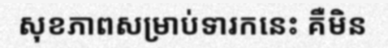
សុខភាពសម្រាប់ទារកនេះ គឺមិន